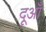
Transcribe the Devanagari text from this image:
दूआँ